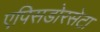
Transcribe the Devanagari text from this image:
एपिसडोरसेटा